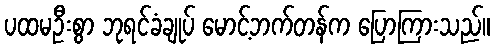
ပထမဦးစွာ ဘုရင်ခံချုပ် မောင့်ဘက်တန်က ပြောကြားသည်။